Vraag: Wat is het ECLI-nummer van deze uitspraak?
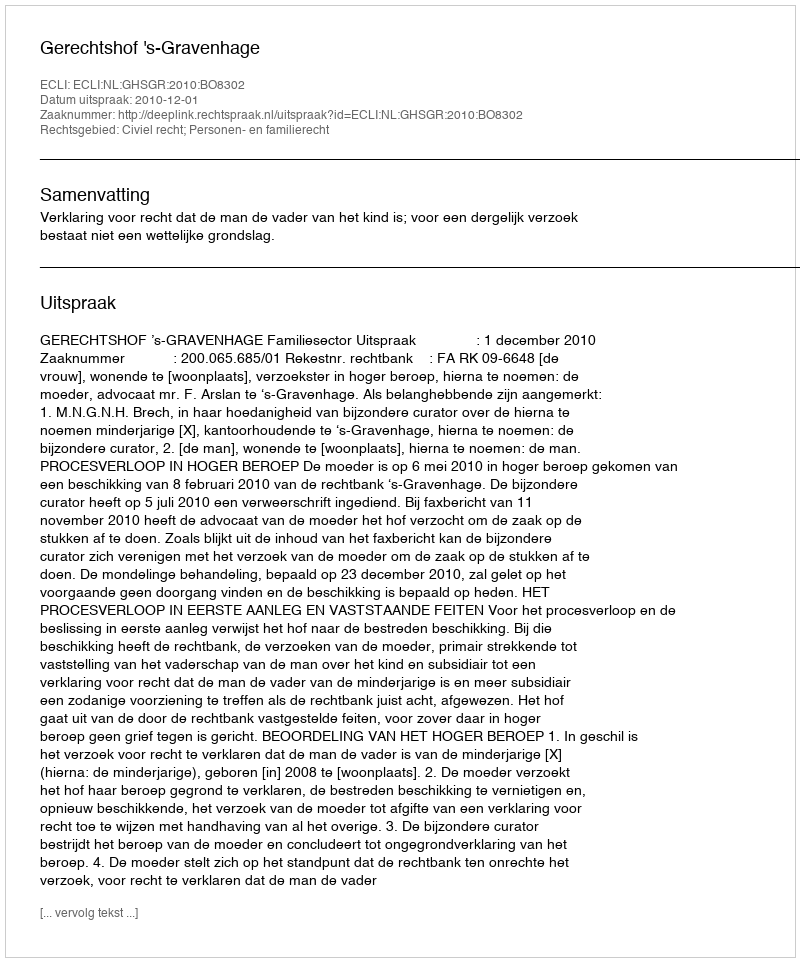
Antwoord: ECLI:NL:GHSGR:2010:BO8302